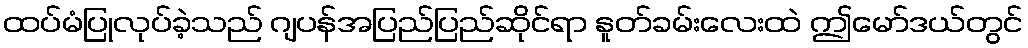
ထပ်မံပြုလုပ်ခဲ့သည် ဂျပန်အပြည်ပြည်ဆိုင်ရာ နူတ်ခမ်းလေးထဲ ဤမော်ဒယ်တွင်